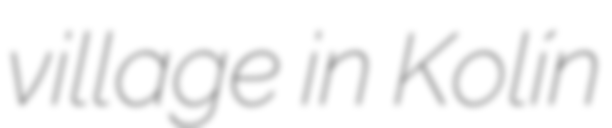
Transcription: village in Kolín